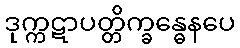
ဒုက္ကဋာပတ္တိက္ခန္ဓေနပေ